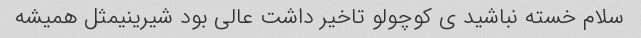
سلام خسته نباشید ی کوچولو تاخیر داشت عالی بود شیرینیمثل همیشه